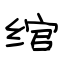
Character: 绾